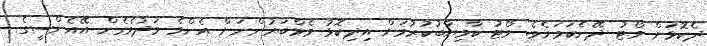
ދެކޮޅަށް ވޯޓު ދޭނެކަމަށެވެ. ވޯޓު ކާމިޔާބުކުރުމަށް އިދިކޮޅު މެމްބަރުންނަށް އެންމެ މަދުވެގެން އޭއެންސީގެ